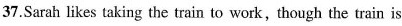
37.Sarah likes taking the train to work,though the train is